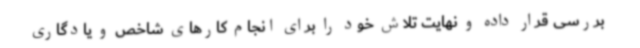
بررسی قرار داده و نهایت تلاش خود را برای انجام کارهای شاخص و یادگاری